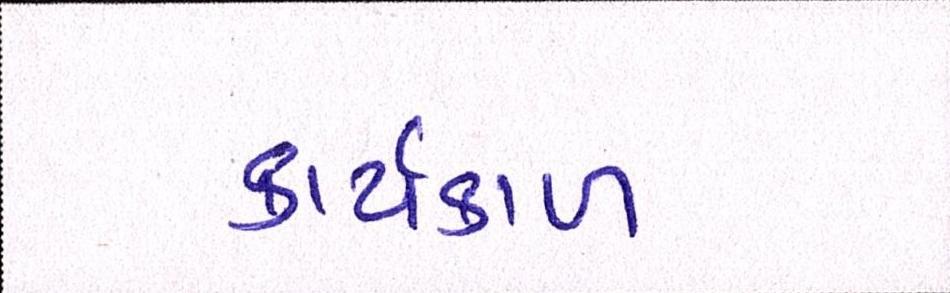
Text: કાર્યકાળ